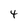
Character: 4